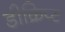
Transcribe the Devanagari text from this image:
डीक्रिप्ट